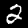
Digit: 2